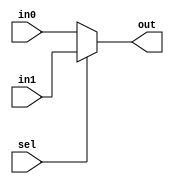
`timescale 1ns / 1ps
//////////////////////////////////////////////////////////////////////////////////
// Company: 
// Engineer: 
// 
// Design Name: 
// Module Name:    muxshow 
// Project Name: 
// Target Devices: 
// Tool versions: 
// Description: 
//
// Dependencies: 
//
// Revision: 
// Revision 0.01 - File Created
// Additional Comments: 
//
//////////////////////////////////////////////////////////////////////////////////
module muxshow(in0,in1,sel,out);
input[15:0] in0;
input[15:0] in1;
input sel;
output[15:0] out;
assign out=(sel)?in1:in0;
endmodule